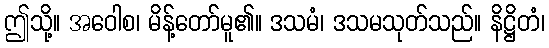
ဤသို့။ အဝေါစ၊ မိန့်တော်မူ၏။ ဒသမံ၊ ဒသမသုတ်သည်။ နိဋ္ဌိတံ၊